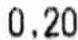
0.20